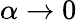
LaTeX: \alpha\rightarrow 0